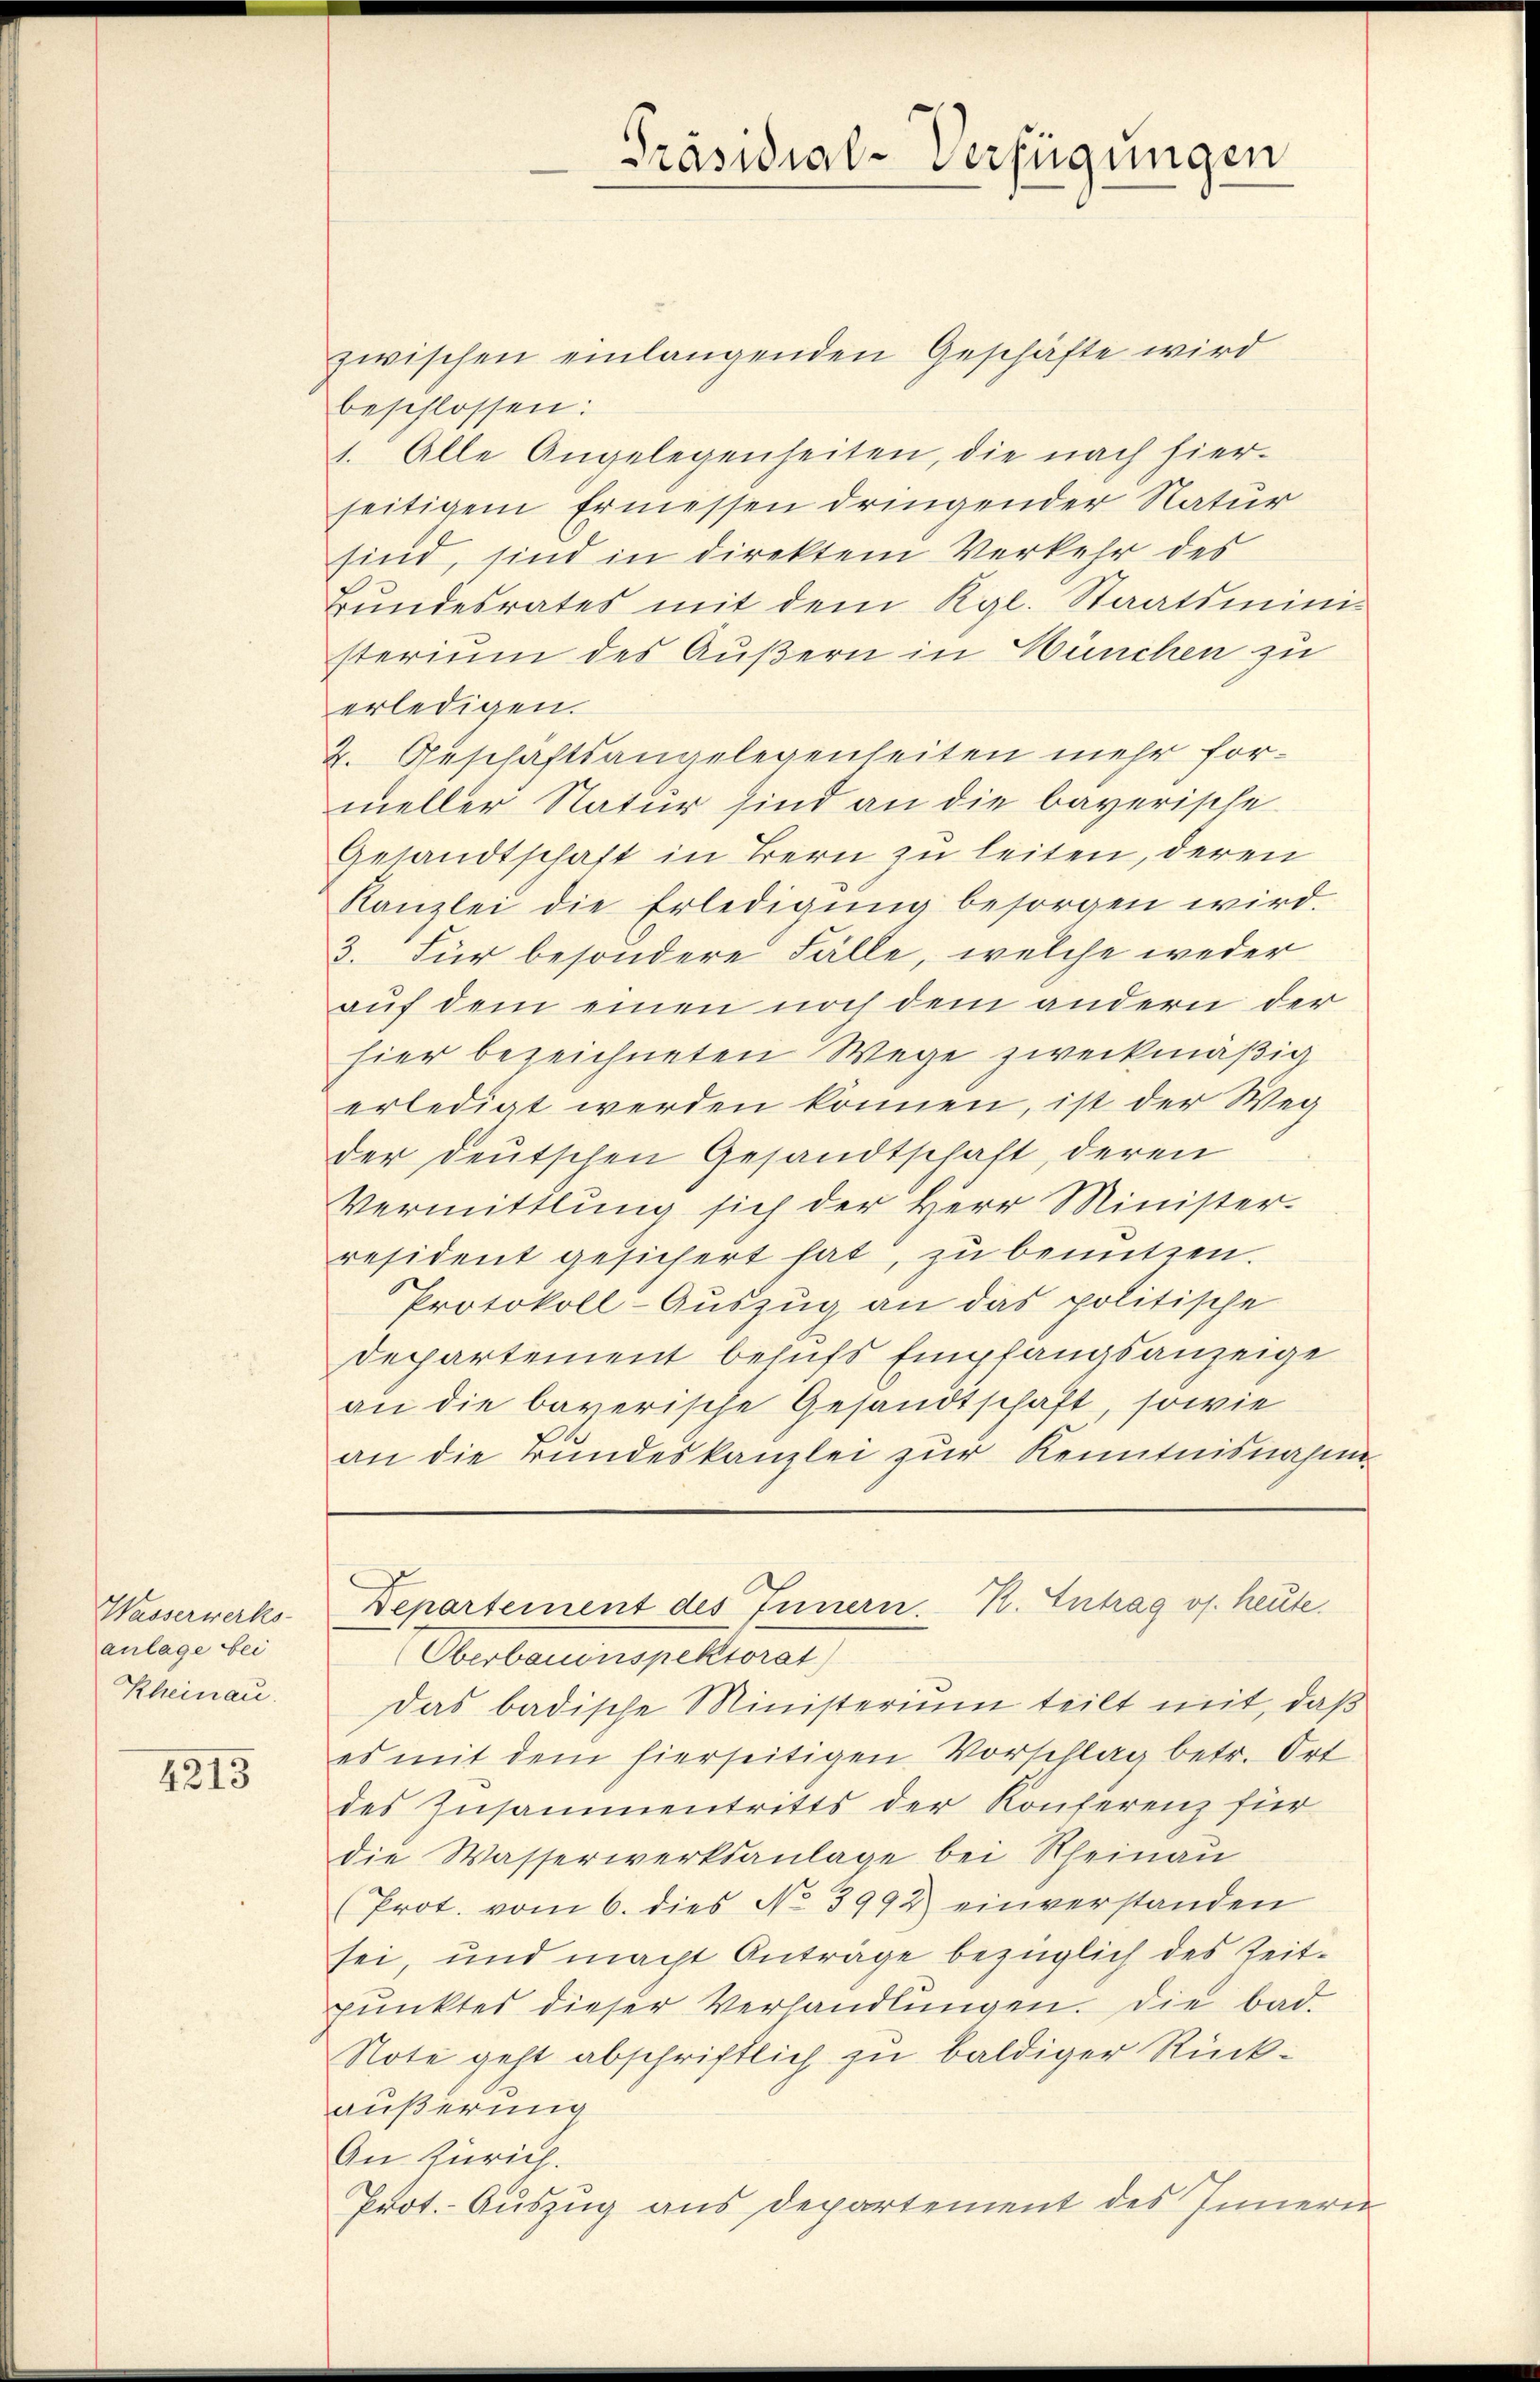
Wasserwerks-
anlage bei
Kheinau

4213

Oberbauenspektorat
Das badische Ministerium teilt mit, daß
es mit dem hierseitigen Vorschlag betr. Ort
des Zusammentritts der Konferenz für
die Wasserwerksanlage bei Rheinau
(Prot. vom 6. dies No 3992 einverstanden
sei, und macht Anträge bezüglich des Zeitpunktes dieser Verhandlungen. Die bad
Note geht abschriftlich zu baldiger Rückäußerung
An Zürich.
Prot. Auszug aus Departement des Innern

Präsidial-Verfügungen

zwischen einlangenden Geschäfte wird
beschlossen:
1. Alle Angelegenheiten, die nach hier-
seitigem Ermessen dringender Natur
sind, sind in direktem Verkehr des
Bundesrates mit dem Kgl. Staatsministerium des Äußern in Wünchen zu
erledigen.
2. Geschaftsangelegenheiten mehr formeller Natur sind an die bayerische
Gesandtschaft in Bern zu leiten, deren
Kanzlei die Erledigung besorgen wird.
3. Für besondere Fälle, welche weder
auf dem einen noch dem andern der
hier bezeichneten Wege zweckmäßig
erledigt werden können, ist der Weg
der deutschen Gesandtschaft, deren
Vermittlung sich der Herr Minister.
resident gesichert hat, zu benutzen.
Protokoll-Auszug an das politische
Departement behufs Empfangsanzeige
an die bayerische Gesandtschaft, sowie
an die Bundeskanzlei zur Kenntnisnahme

Departement des Innern. K. Antrag op. heute.